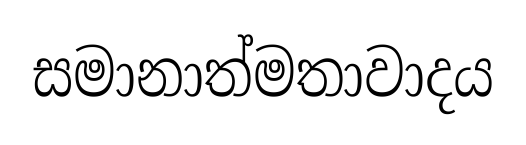
සමානාත්මතාවාදය